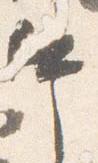
中